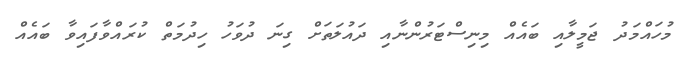
މުހައްމަދު ޖަމީލާއި ބައެއް މިނިސްޓަރުންނާއި ދައުލަތަށް ގިނަ ދުވަހު ހިދުމަތް ކުރައްވާފައިވާ ބައެއް